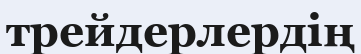
трейдерлердің